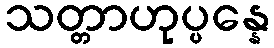
သတ္တာဟုပ္ပန္နေ